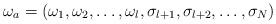
LaTeX: \begin{align*}\omega_a = (\omega_1,\omega_2,\ldots,\omega_{l},\sigma_{l+1},\sigma_{l+2},\ldots,\sigma_N)\end{align*}